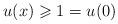
LaTeX: \begin{align*}u(x) \geqslant 1=u(0)\end{align*}